Statistical return of the lunatic asylum in Assam - 1912-1932
Year: 1912
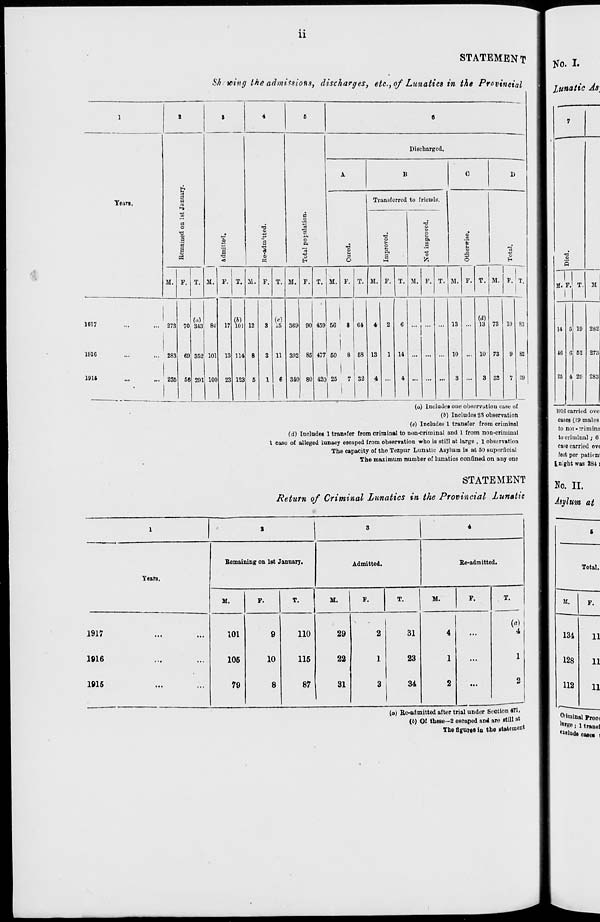
ii
STATEMENT
Shrmng the admissions, discharges, etc., of Lunatics in the Provincial
1
8
S
4
5
0
Discharged.
A
B
C
1)
Yean.
a
a
a
o
% a
a
a
o
1
O
•a
a
7
0
«
Total population.
<6
S
Transferred to friends.
o
■g
>■
o
P.
a
l-H
Not improved.
*5
o
M. P. T. M. F. T. 11. F. T. M. F. T. M. F. T. M. F. T. M. F. T. M. F. T. M. F. T.
1917
273 70
(a)
343 8-i 17
lb)
101 12
3 .5 369 00 459 56
8 64
4
2
6
... ... 13
13 73 10 83
1916
...
283 69 352 101 13 114 8
3 11 392 85 477 50
8 58 13
1 14 ... ...
10 ... 10 73
9 82
1916
235 56 291 100 23 123 5
1
6 340 80 420 25
7 32
1 I
4
4 ... ... ...
3
3 32
7 39
(o) Include! one observation case of
(6) Includes 23 observation
(c) Includes 1 transfer from criminal
(d) Includes 1 transfer from criminal to non-criminal and 1 from non-criminal
1 case of alleged lunacy escaped from observation who is still at large , 1 observation
The capacity of the Tezpur Lunatic Asylum is at 50 superficial
The maximum number of lunatics confined on any one
STATEMENT
Return of Criminal Lunatics in the Provincial Lunatic
Tears.
Bemaining on 1st January.
Admitted.
Re-admitted.
1917
1916
1815
M.
101
105
79
9
10
8
M.
110
115
87
M.
F.
29
22
31
2
31
23
34
{a)
4
(o) BrO-admitted after trial under Section 471,
(6) Of these—2 escaped and are still »t
The flgUMB in tho itateraent
No. I.
lunatic As
M. F. T. M
14
16
25
19
52
4 29
282
273
283
1916 carried ove:
cases (19 males
to nor-;riminn
to criminal; 6
caFe carried ov<
feat per patient
I night was 284 i
No. II.
Asylum at
Total.
M.
F.
134
11
128
11
112
11
O'imlnal p ro o (
ln »Be ; i t ransJ
•"hide east* ,